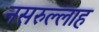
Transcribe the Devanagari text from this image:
नसरुल्लाह